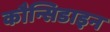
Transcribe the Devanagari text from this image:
कौन्सिडाइन